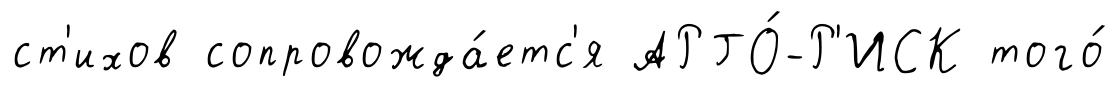
ст'ихов сопровожда́етс'я АРГО́-Р'ИСК того́